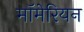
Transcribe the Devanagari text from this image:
मॉमेरियन